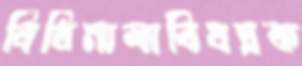
বিধিমালাবিষয়ক